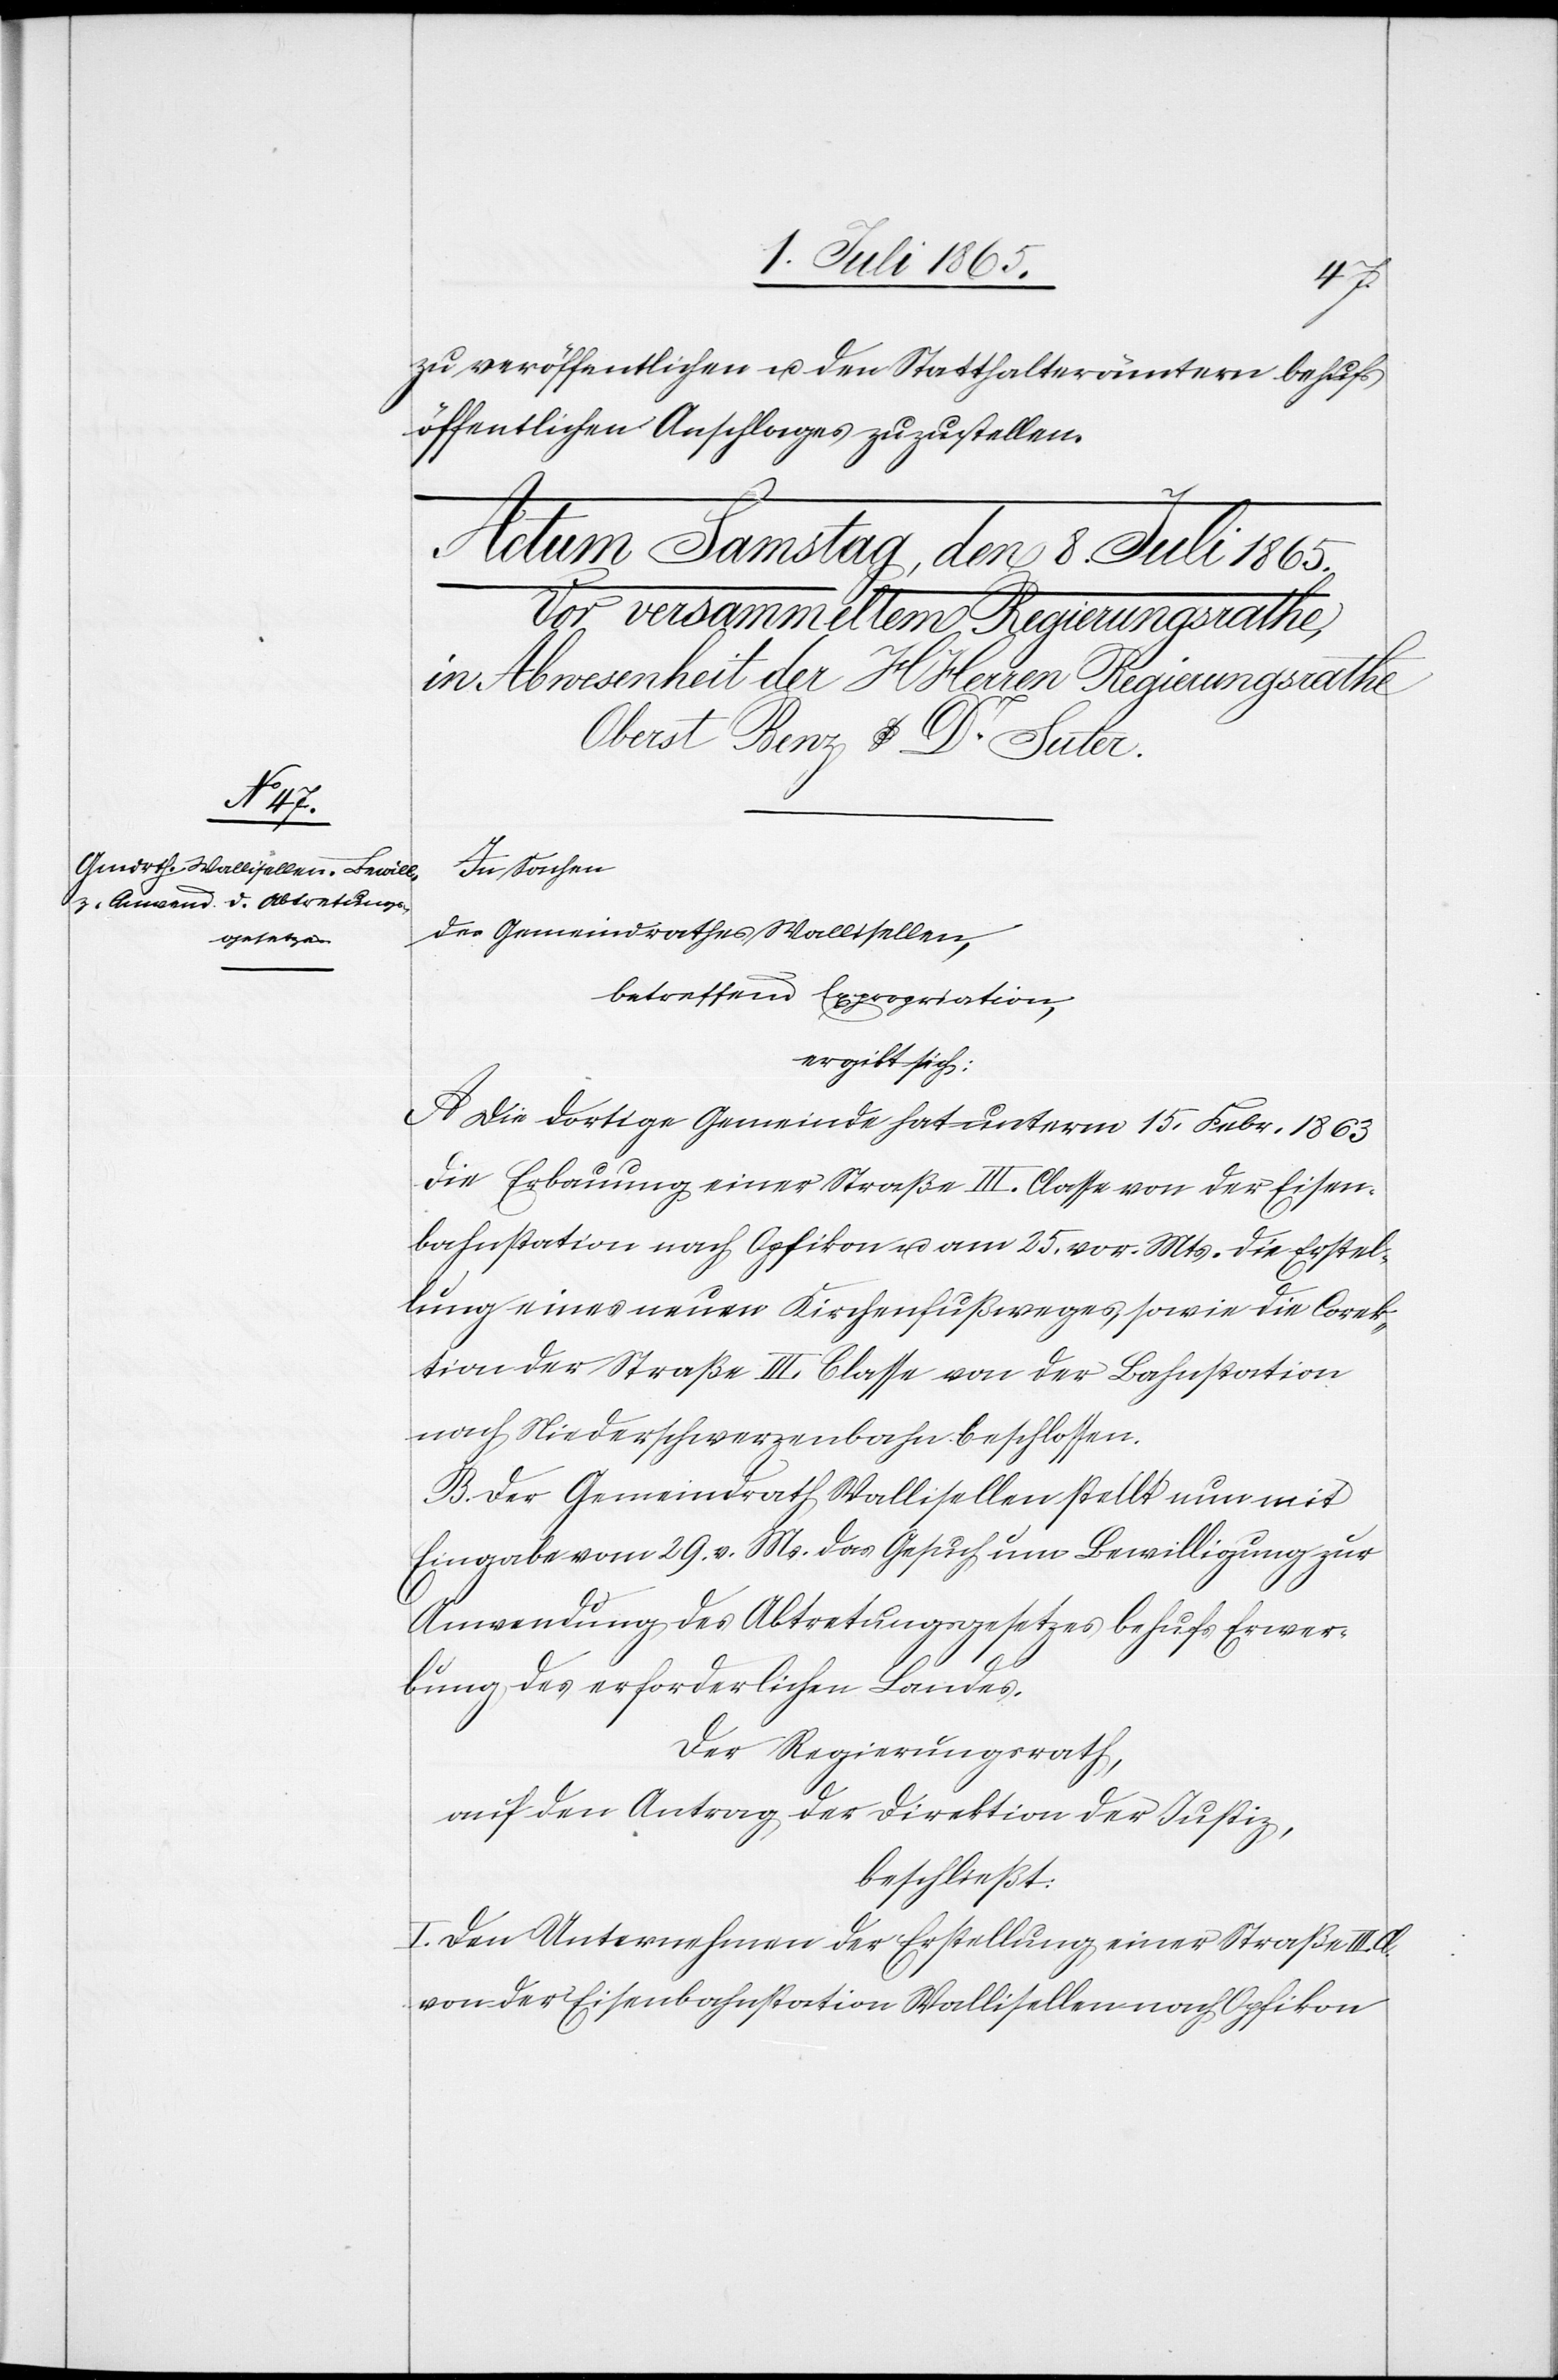
zu veröffentlichen u. den Statthalterämtern behufs
öffentlichen Anschlages zuzustellen.
In Sachen
des Gemeindrathes Wallisellen,
betreffend Expropriation,
ergibt sich:
A. Die dortige Gemeinde hat unterm 15. Febr. 1863
die Erbauung einer Straße III. Classe von der Eisen¬
bahnstation nach Opfikon u. am 25. vor. Mts. die Erstel¬
lung eines neuen Kirchenfußweges, sowie die Corek¬
tion der Straße III. Classe von der Bahnstation
Niederschwerzenbach] beschlossen.
B. Der Gemeindrath Wallisellen stellt nun mit
Eingabe vom 29. v. Ms. das Gesuch um Bewilligung zur
Anwendung des Abtretungsgesetzes behufs Erwer¬
bung des erforderlichen Landes.
Der Regierungsrath,
auf den Antrag der Direktion der Justiz,
beschließt:
I. Den Unternehmen der Erstellung einer Straße III.
von der Eisenbahnstation Wallisellen nach Opfikon[,]